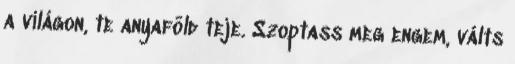
a világon, te anyaföld teje. Szoptass meg engem, válts